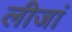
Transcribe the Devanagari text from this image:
लीजां